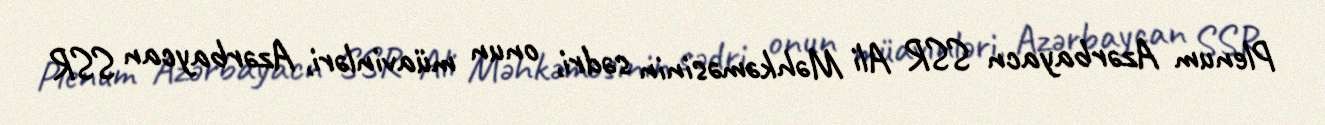
Plenum Azərbayacn SSR Ali Məhkəməsinin sədri, onun müavinləri, Azərbaycan SSR